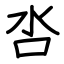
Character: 呇